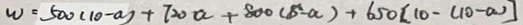
w = 5 0 0 ( 1 0 - a ) + 7 2 0 a + 8 0 0 ( 8 - a ) + 6 5 0 [ 1 0 - ( 1 0 - a ) ]